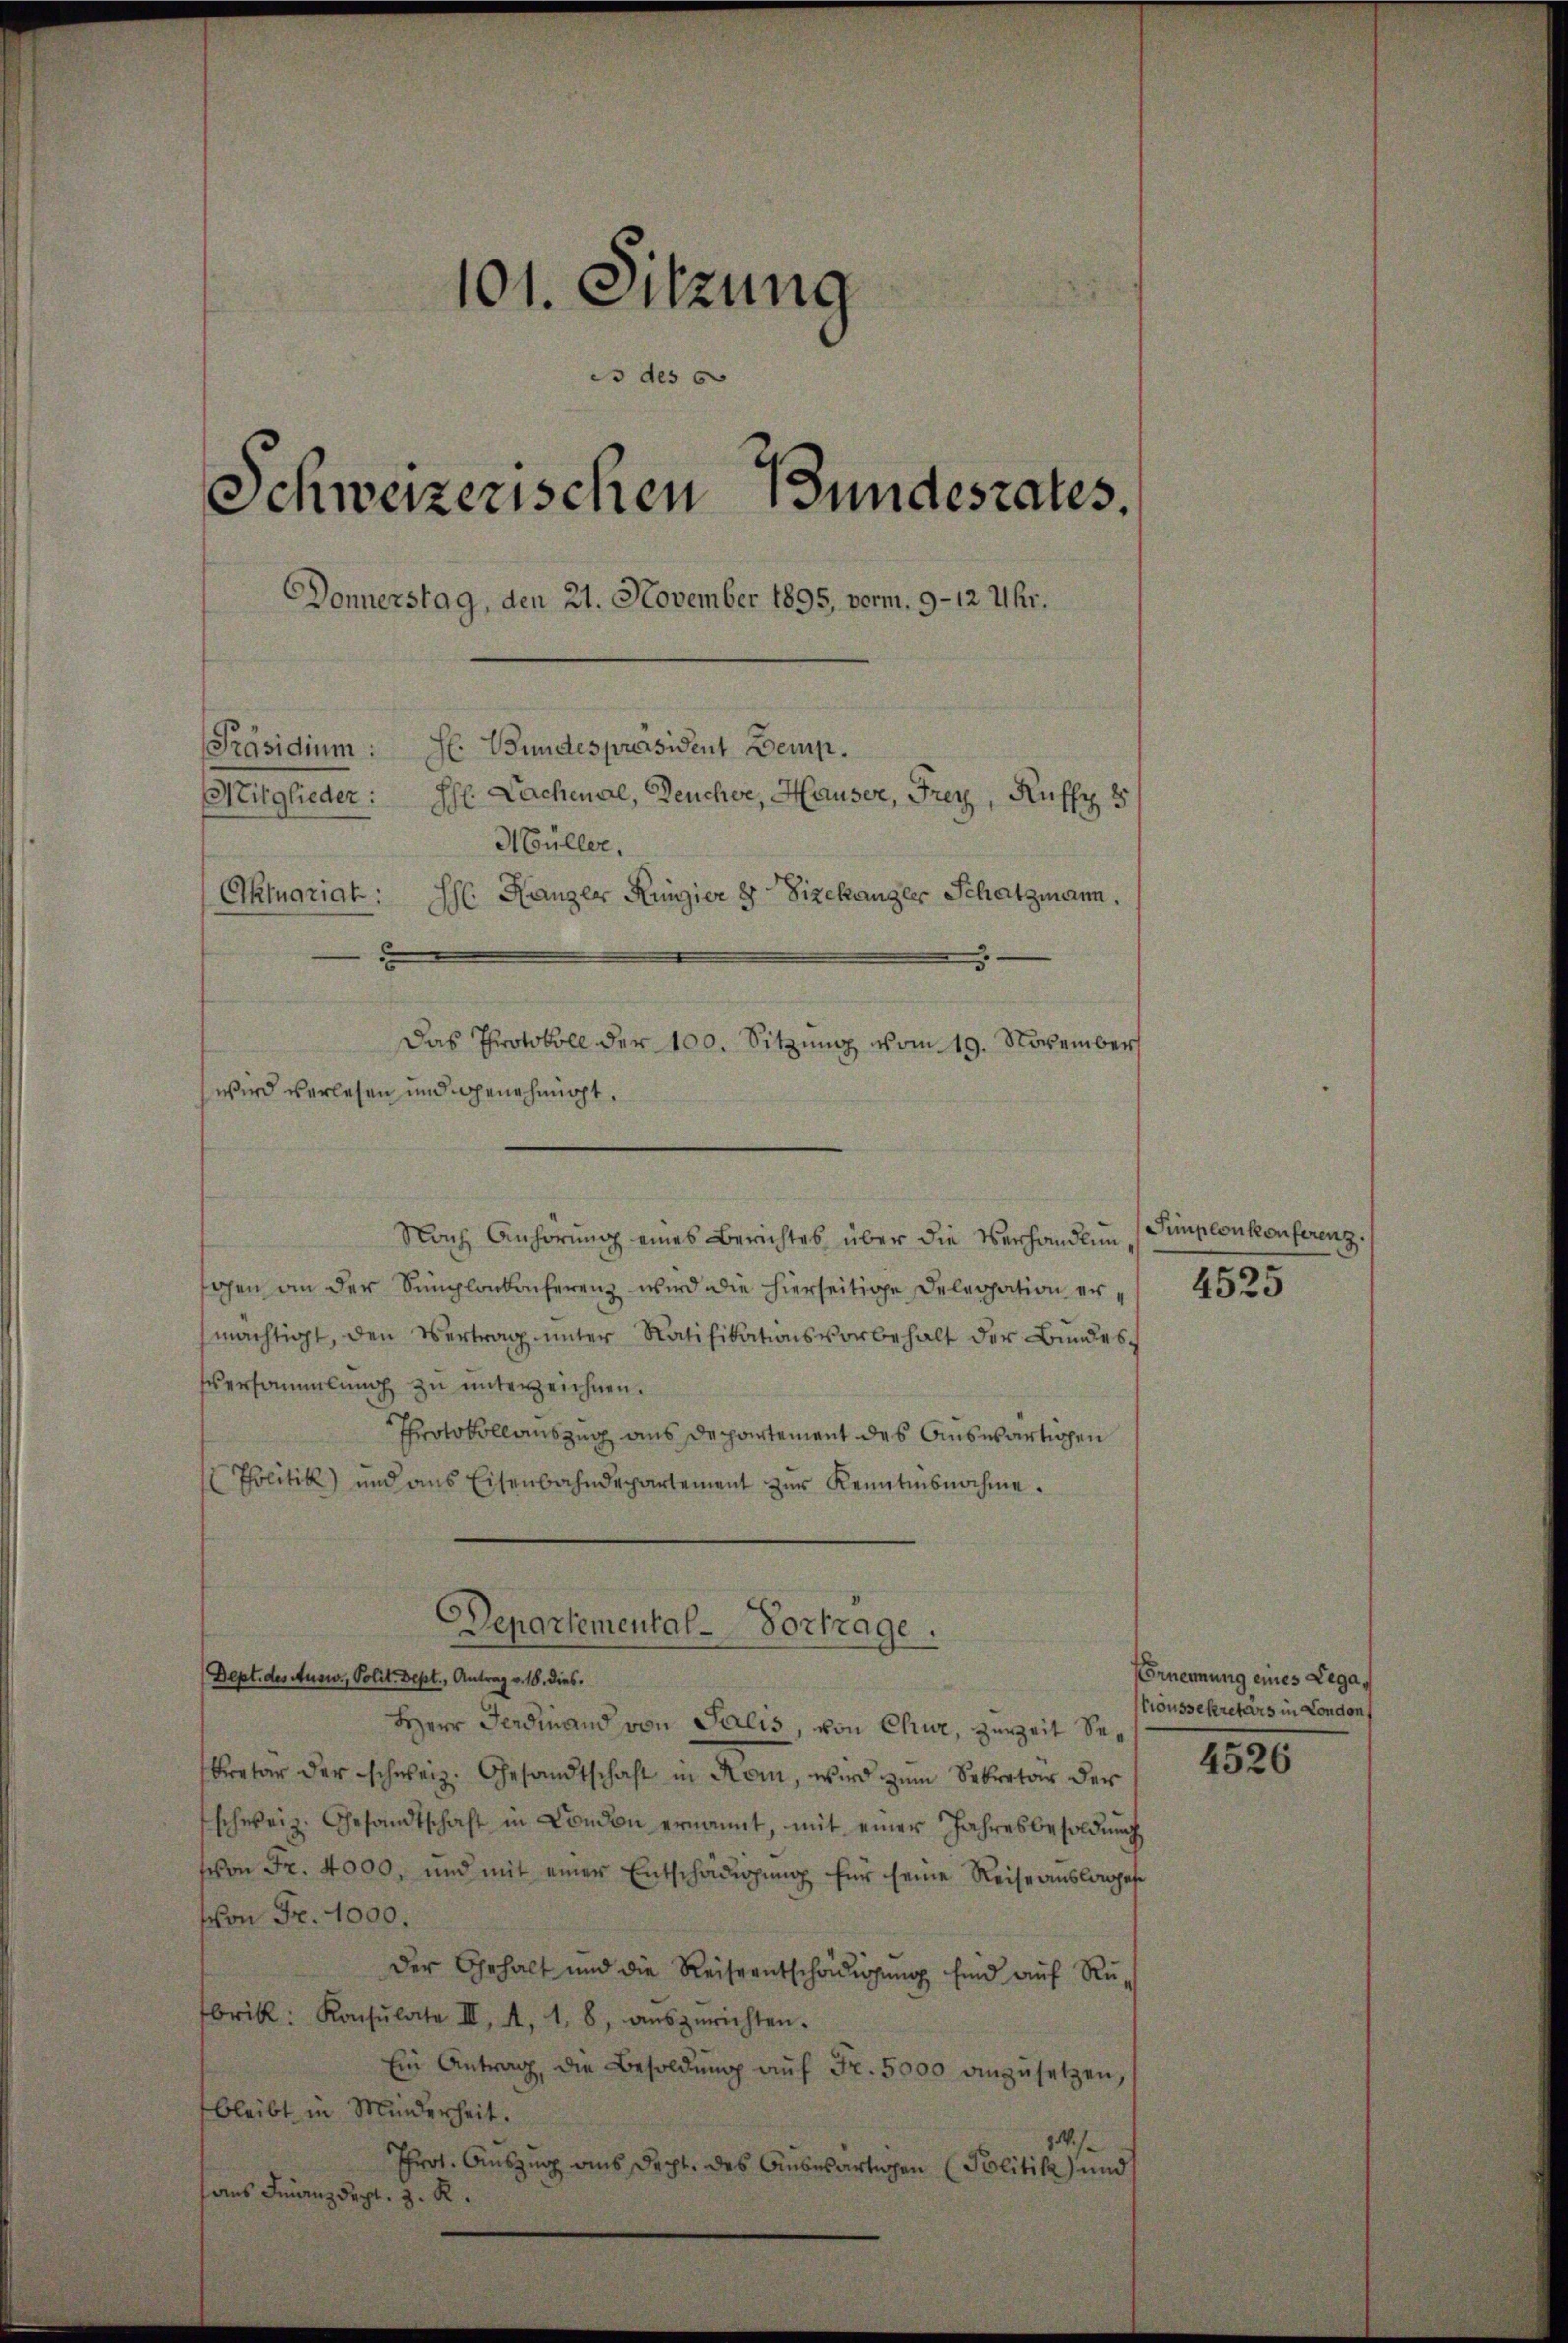
101. Sitzung
es des 60
Schweizerischen Bundesrates.
Donnerstag, den 21. November 1895, vorm. 9-12 Uhr.
[Präsidium: Se Bundespräsident Beisp.
Mitglieder: hl. Lachenal, Deucher, Hauser, Frey, Kuffy 8
Müller,
Aktuariat:
Hh Hänger Ringier 8 Vizekanzler Schatzmann.
Das Protokoll der 100. Sitzung vom 19. November
wird verlesen und genehmigt.

Nach Anhörung eines Berichtes über die Verhandlung
gen an der Simplonkonferenz wird die hierseitige Delegation ermächtigt, den Vertrag ŭnter Ratifikationsvorbehalt der Bundes¬
Eversammlung zu unterzeichnen.
Protokollauszug aus Departement des Auswärtigen
Politik und aus Eisenbahndepartement zur Kenntnisnahme.

Departemental-Vortrage.

Dept. des Ausw., Polit. Sept., Antrag v. 18. dies¬
Herr Ferdinand von Salis, von Chur, zurzeit Sekretär der schweiz. Gesandtschaft in Rom, wird zŭm Sekretär der
schweiz. Gesandtschaft in Condon ernannt, mit einer Jahresbesoldŭng
von Fr. 4000, und mit einer Entschädigŭng für seine Reise auslanges
von Fr. 1000.
Der Gehalt und die Reiseentschädigŭng sind aŭf Rü-
brik: Konsulate III. A. 1. 8, aŭszurichten.
Ein Antrag, die Besoldŭng aŭf Fr. 5000 anzusetzen,
bleibt in Minderheit.
.M.
Throt. Auszug aus decht. des Auswärtigen (Politik und
hans Finanzdrgl. z. R.

Simplonkonferenz.

4525

Vornennung eines Lega¬
Croussekretärs in London,

4526